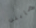
مابين